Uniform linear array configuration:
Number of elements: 64
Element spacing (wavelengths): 0.25
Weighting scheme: uniform
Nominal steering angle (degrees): -15
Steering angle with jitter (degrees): -16.28
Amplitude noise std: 0.05
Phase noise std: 0.05

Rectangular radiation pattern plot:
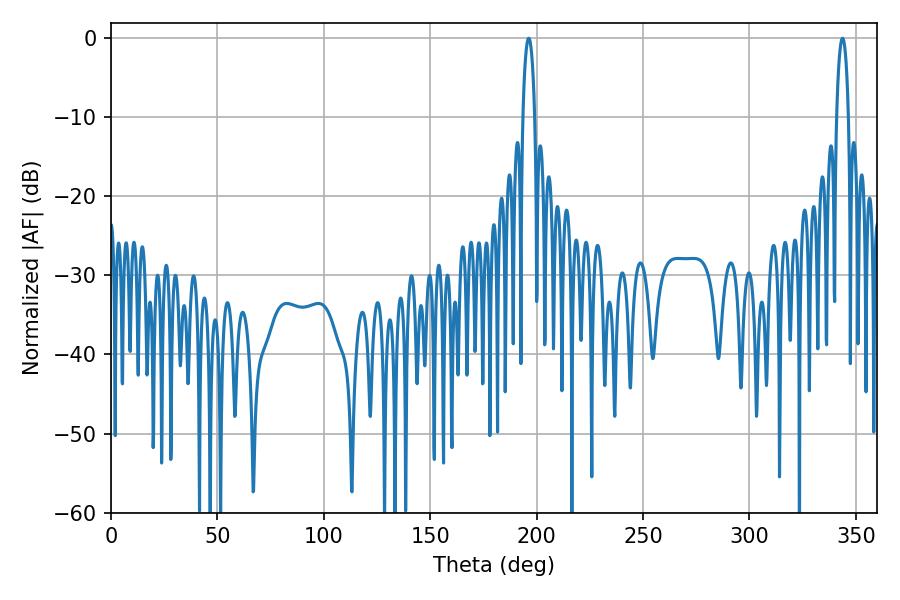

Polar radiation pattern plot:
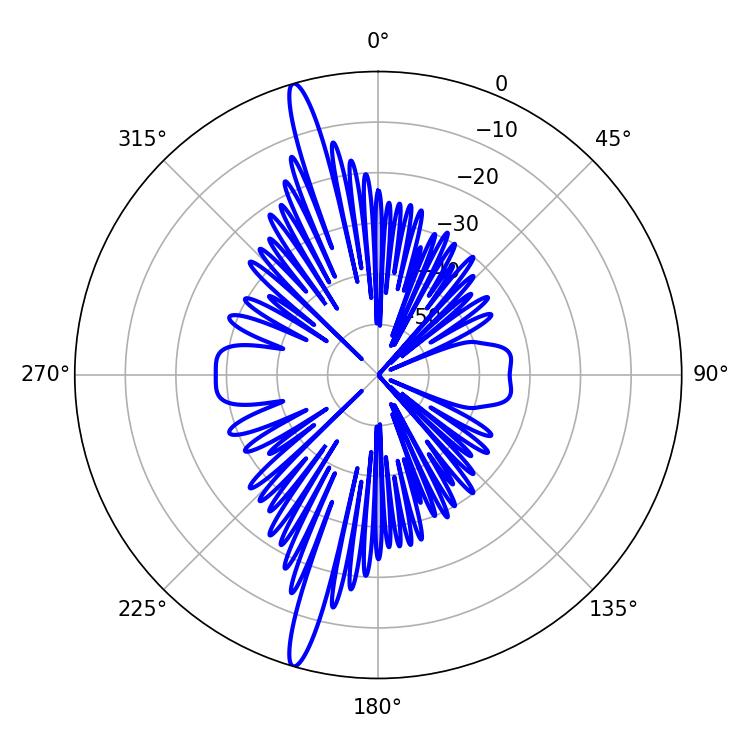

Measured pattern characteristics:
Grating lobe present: FALSE
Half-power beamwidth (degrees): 3.06
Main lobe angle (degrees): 196.2